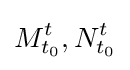
M_{t_{0}}^{t},N_{t_{0}}^{t}